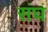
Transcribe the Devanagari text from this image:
संघं